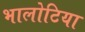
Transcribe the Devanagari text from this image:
भालोटिया